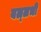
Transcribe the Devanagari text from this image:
बल्‍लभी